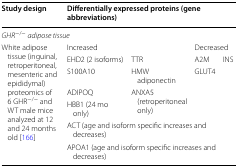
<table><thead><tr><td><b>Study design</b></td><td colspan="4"><b>Differentially expressed proteins (gene abbreviations)</b></td></tr></thead><tbody><tr><td colspan="5"><i>GHR</i><sup>−/−</sup><i>adipose tissue</i></td></tr><tr><td rowspan="7">White adipose tissue (inguinal, retroperitoneal, mesenteric and epididymal) proteomics of 6 GHR<sup>−/−</sup> and WT male mice analyzed at 12 and 24 months old [166]</td><td colspan="2">Increased</td><td colspan="2">Decreased</td></tr><tr><td>EHD2 (2 isoforms)</td><td>TTR</td><td>A2M</td><td>INS</td></tr><tr><td>S100A10</td><td>HMW adiponectin</td><td>GLUT4</td><td></td></tr><tr><td>ADIPOQ</td><td rowspan="2">ANXA5 (retroperitoneal only)</td><td rowspan="2" colspan="2"></td></tr><tr><td>HBB1 (24 mo only)</td></tr><tr><td colspan="4">ACT (age and isoform specific increases and decreases)</td></tr><tr><td colspan="4">APOA1 (age and isoform specific increases and decreases)</td></tr></tbody></table>